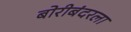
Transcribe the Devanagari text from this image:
बोरीबंदरला